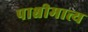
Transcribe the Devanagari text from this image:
पाश्चीमात्त्य